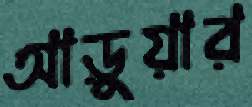
আড়ুয়ার